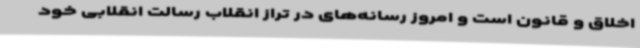
اخلاق و قانون است و امروز رسانه‌های در تراز انقلاب رسالت انقلابی خود